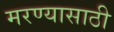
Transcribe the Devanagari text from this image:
मरण्यासाठी